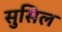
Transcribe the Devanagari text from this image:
सुसिल